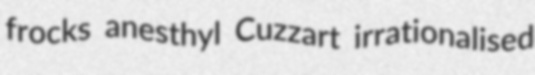
frocks anesthyl Cuzzart irrationalised